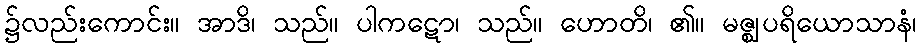
၌လည်းကောင်း။ အာဒိ၊ သည်။ ပါကဋော၊ သည်။ ဟောတိ၊ ၏။ မဇ္ဈပရိယောသာနံ၊